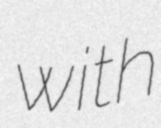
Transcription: with